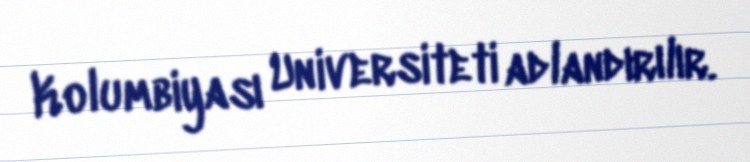
Kolumbiyası Universiteti adlandırılır.